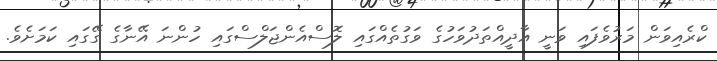
ކްރެއިވަން މަރުވެފައި ވަނީ އާދީއްތަދުވަހުގެ ވަގުތެއްގައި ލޮސްއެންޖަލްސްގައި ހުންނަ އޭނާގެ ގޭގައި ކަމަށެވެ.